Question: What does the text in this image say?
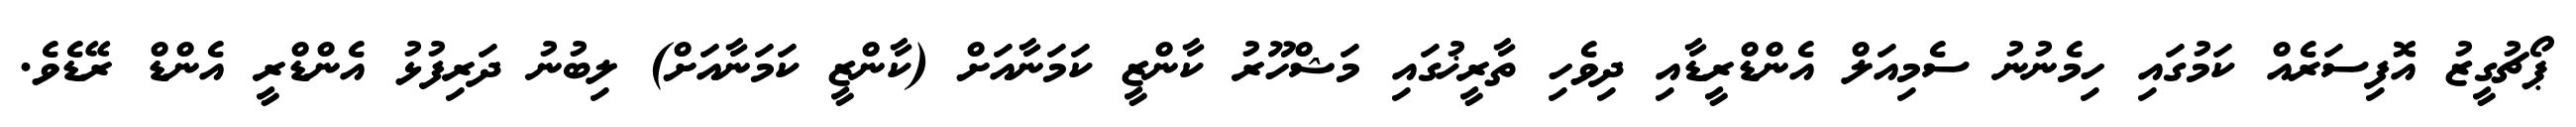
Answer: ޕޯޗުގީޒު އޮފިސަރެއް ކަމުގައި ހިމެނުނު ސެމިއަލް އެންޑްރީޑާއި ދިވެހި ތާރީޚުގައި މަޝްހޫރު ކާންޒީ ކަމަނާއަށް (ކާންޒީ ކަމަނާއަށް) ލިބުނު ދަރިފުޅު އެންޑްރީ އެންޑް ރޭޑެވެ.